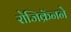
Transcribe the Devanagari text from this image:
रोजिक्रॅनने